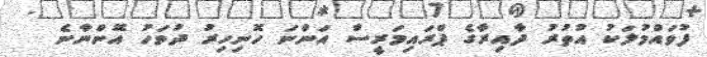
ފުވައްމުލަކު އުތުރު ދާއިރާގެ ޕްރައިމަރީސް އަންނަ ހޮނިހިރު ދުވަހު އޮންނާނެ